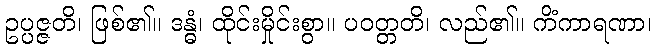
ဥပ္ပဇ္ဇတိ၊ ဖြစ်၏။ ဒန္ဓံ၊ ထိုင်းမှိုင်းစွာ။ ပဝတ္တတိ၊ လည်၏။ ကိံကာရဏာ၊